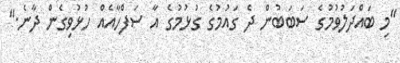
"މި ބައްދަލުވުމުގެ ސަބަބުން ދެ ގައުމުގެ ގުޅުމުގެ އާ ސަފްހާއެއް ހުޅުވިގެން ދާނެ."